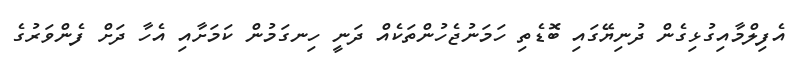
އެފިލްމާއިގުޅިގެން ދުނިޔޭގައި ބޮޑެތި ހަމަނުޖެހުންތަކެއް ދަނީ ހިނގަމުން ކަމަށާއި އެހާ ދަށް ފެންވަރުގެ